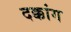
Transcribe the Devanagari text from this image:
दक्कांग